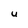
Character: U